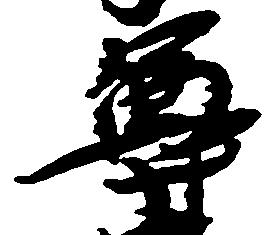
尊